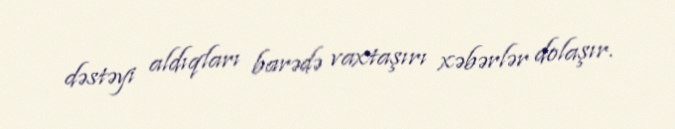
dəstəyi aldıqları barədə vaxtaşırı xəbərlər dolaşır.